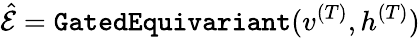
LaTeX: \hat{\mathcal{E}}=\texttt{GatedEquivariant}(v^{(T)},h^{(T)})